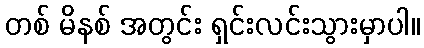
တစ် မိနစ် အတွင်း ရှင်းလင်းသွားမှာပါ။